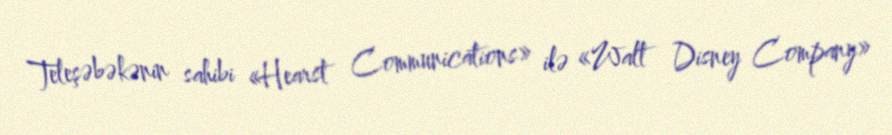
Teleşəbəkənin sahibi «Hearst Communications» ilə «Walt Disney Company»